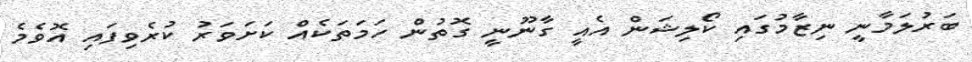
ބަރުލަމާނީ ނިޒާމުގައި ކޯލިޝަން އެއީ ގާނޫނީ ގޮތުން ހަމަތަކެއް ކަށަވަރު ކުރެވިފައި އޮވެމެ